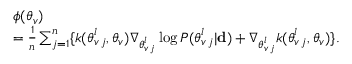
\begin{array} { r l } & { \boldsymbol { \phi } ( \boldsymbol { \theta } _ { v } ) } \\ & { = \frac { 1 } { n } \sum _ { j = 1 } ^ { n } \lbrace k ( \boldsymbol { \theta } _ { v \, j } ^ { l } , \boldsymbol { \theta } _ { v } ) \nabla _ { \boldsymbol { \theta } _ { v \, j } ^ { l } } \log P ( \boldsymbol { \theta } _ { v \, j } ^ { l } | { \bf d } ) + \nabla _ { \boldsymbol { \theta } _ { v \, j } ^ { l } } k ( \boldsymbol { \theta } _ { v \, j } ^ { l } , \boldsymbol { \theta } _ { v } ) \rbrace . } \end{array}